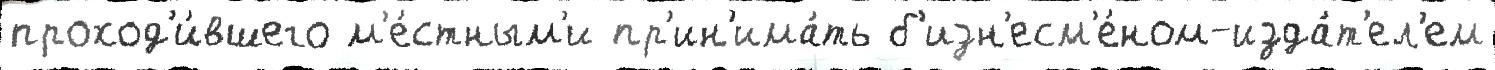
проход'и́вшего м'е́стным'и пр'ин'има́ть б'изн'есм'е́ном-изда́т'ел'ем